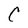
Character: C